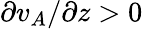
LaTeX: \partial v_{A}/\partial z>0